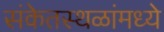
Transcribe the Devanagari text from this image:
संकेतस्थळांमध्ये